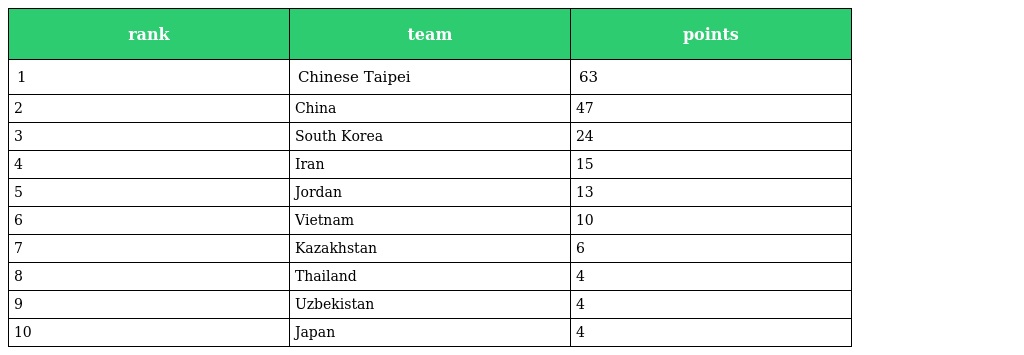
| rank | team | points |
 | --- | --- | --- |
 | 1 | Chinese Taipei | 63 |
 | 2 | China | 47 |
 | 3 | South Korea | 24 |
 | 4 | Iran | 15 |
 | 5 | Jordan | 13 |
 | 6 | Vietnam | 10 |
 | 7 | Kazakhstan | 6 |
 | 8 | Thailand | 4 |
 | 9 | Uzbekistan | 4 |
 | 10 | Japan | 4 |